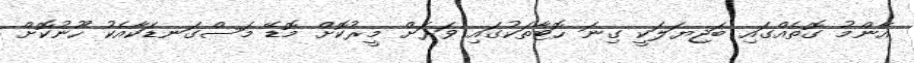
އާންމު ގޮތެއްގައި ބަޖިޔަލަކީ ގިނަ ހޮޓާތަކުގައި ވަރަށް މީރުކޮށް މޮޑޭ މަސްގަނޑަކާއެކު ހޫނުކޮށް